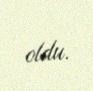
oldu.